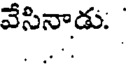
వేసినాడు.